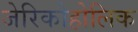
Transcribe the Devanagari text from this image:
जेरिकोहोलिक